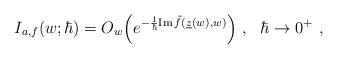
LaTeX: \begin{align*}I_{a,f}(w;\hbar)=O_w\Big(e^{-\frac{1}{\hbar}{\rm Im}\,\tilde f(\underline z(w),w)}\Big) \ , \ \ \hbar\rightarrow 0^+ \ ,\end{align*}